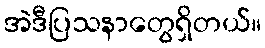
အဲဒီပြသနာတွေရှိတယ်။